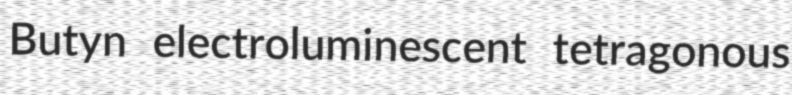
Butyn electroluminescent tetragonous